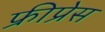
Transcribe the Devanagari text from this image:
फ्रीप्रेस